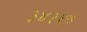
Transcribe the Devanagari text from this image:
३४२१७